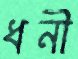
ধনী